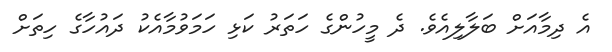
އެ ދިމާއަށް ބަލާލިއެވެ. ދެ މީހުންގެ ހަތަރު ކަޅި ހަމަވުމާއެކު ދައުހާގެ ހިތަށް